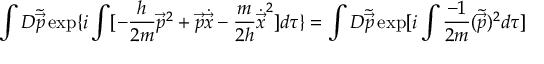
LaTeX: \int { \cal D } \tilde { \vec { p } } \exp \{ i \int [ - \frac { h } { 2 m } { \vec { p } } ^ { 2 } + \vec { p } \dot { \vec { x } } - \frac { m } { 2 h } { \dot { \vec { x } } } ^ { 2 } ] d \tau \} = \int { \cal D } \tilde { \vec { p } } \exp [ i \int \frac { - 1 } { 2 m } ( \tilde { \vec { p } } ) ^ { 2 } d \tau ]